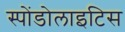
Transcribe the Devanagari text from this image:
स्पोंडोलाइटिस